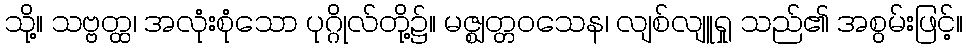
သို့။ သဗ္ဗတ္ထ၊ အလုံးစုံသော ပုဂ္ဂိုလ်တို့၌။ မဇ္ဈတ္တဝသေန၊ လျစ်လျူရှု သည်၏ အစွမ်းဖြင့်။